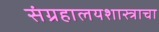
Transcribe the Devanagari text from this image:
संग्रहालयशास्त्राचा